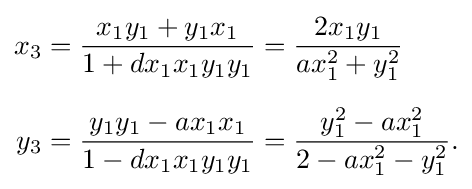
{\begin{aligned}x_{3}&={\frac {x_{1}y_{1}+y_{1}x_{1}}{1+dx_{1}x_{1}y_{1}y_{1}}}={\frac {2x_{1}y_{1}}{ax_{1}^{2}+y_{1}^{2}}}\\[6pt]y_{3}&={\frac {y_{1}y_{1}-ax_{1}x_{1}}{1-dx_{1}x_{1}y_{1}y_{1}}}={\frac {y_{1}^{2}-ax_{1}^{2}}{2-ax_{1}^{2}-y_{1}^{2}}}.\end{aligned}}